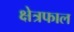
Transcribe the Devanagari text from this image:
क्षेत्रफाल